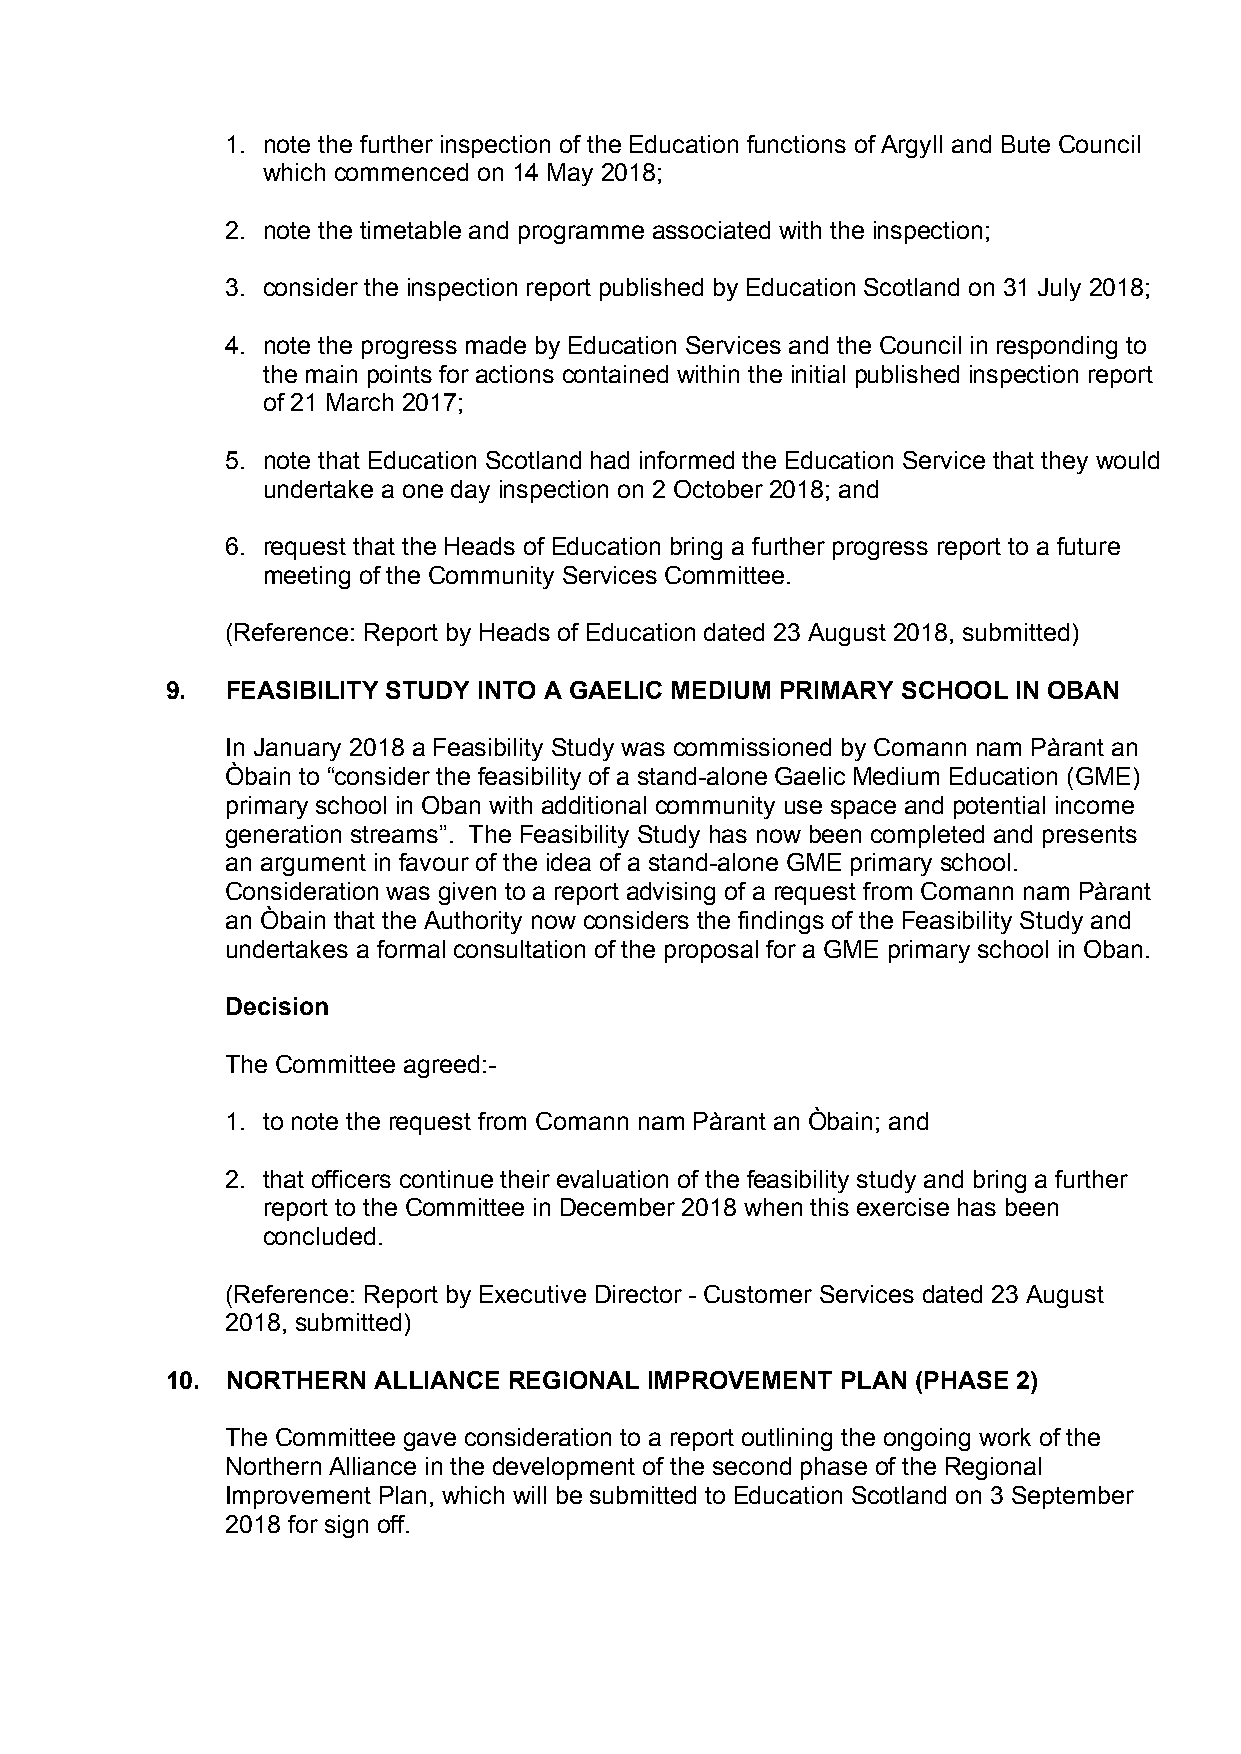
1. note the further inspection of the Education functions of Argyll and Bute Council
 which commenced on 14 May 2018;
 2. note the timetable and programme associated with the inspection;
 3. consider the inspection report published by Education Scotland on 31 July 2018;
 4. note the progress made by Education Services and the Council in responding to
 the main points for actions contained within the initial published inspection report
 of 21 March 2017;
 5. note that Education Scotland had informed the Education Service that they would
 undertake a one day inspection on 2 October 2018; and
 6. request that the Heads of Education bring a further progress report to a future
 meeting of the Community Services Committee.
 (Reference: Report by Heads of Education dated 23 August 2018, submitted)
 9.  FEASIBILITY STUDY INTO A GAELIC MEDIUM PRIMARY SCHOOL IN OBAN
 In January 2018 a Feasibility Study was commissioned by Comann nam Pàrant an
 Òbain to “consider the feasibility of a stand-alone Gaelic Medium Education (GME)
 primary school in Oban with additional community use space and potential income
 generation streams”. The Feasibility Study has now been completed and presents
 an argument in favour of the idea of a stand-alone GME primary school.
 Consideration was given to a report advising of a request from Comann nam Pàrant
 an Òbain that the Authority now considers the findings of the Feasibility Study and
 undertakes a formal consultation of the proposal for a GME primary school in Oban.
 Decision
 The Committee agreed:-
 1. to note the request from Comann nam Pàrant an Òbain; and
 2. that officers continue their evaluation of the feasibility study and bring a further
 report to the Committee in December 2018 when this exercise has been
 concluded.
 (Reference: Report by Executive Director - Customer Services dated 23 August
 2018, submitted)
 10. NORTHERN  ALLIANCE REGIONAL IMPROVEMENT  PLAN (PHASE 2)
 The Committee gave consideration to a report outlining the ongoing work of the
 Northern Alliance in the development of the second phase of the Regional
 Improvement Plan, which will be submitted to Education Scotland on 3 September
 2018 for sign off.